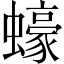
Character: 蠔